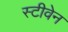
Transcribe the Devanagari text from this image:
स्‍टीवेन